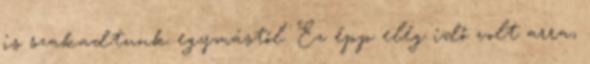
is szakadtunk egymástól. Ez épp elég idő volt arra,